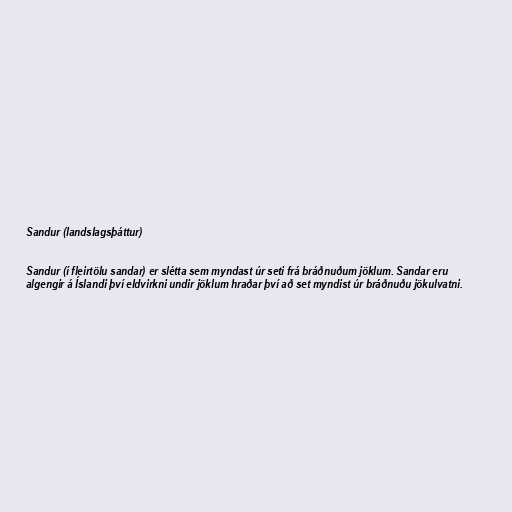
Sandur (landslagsþáttur)

Sandur (í fleirtölu sandar) er slétta sem myndast úr seti frá bráðnuðum jöklum. Sandar eru
algengir á Íslandi því eldvirkni undir jöklum hraðar því að set myndist úr bráðnuðu jökulvatni.